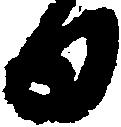
日